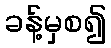
ခန့်မှစ၍